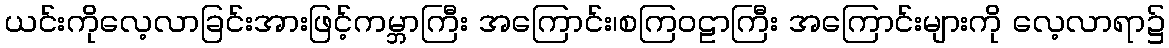
ယင်းကိုလေ့လာခြင်းအားဖြင့်ကမ္ဘာကြီး အကြောင်း၊စကြဝဠာကြီး အကြောင်းများကို လေ့လာရာ၌